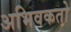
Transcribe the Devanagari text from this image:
अभिवकतो